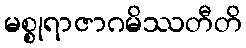
မစ္စုရာဇာဂမိဿတီတိ